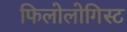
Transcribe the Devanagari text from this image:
फिलोलोगिस्ट